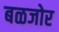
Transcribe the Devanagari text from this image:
बळजोर